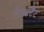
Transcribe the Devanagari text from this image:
रिलक्टैंट